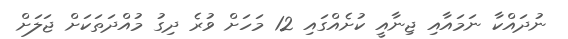
ނުދައްކާ ނަމައާއި ޖިނާއީ ކުށެއްގައި 12 މަހަށް ވުރެ ދިގު މުއްދަތަކަށް ޖަލަށް